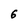
Character: 6